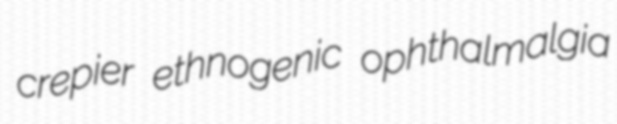
crepier ethnogenic ophthalmalgia